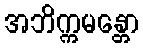
အဘိက္ကမန္တော